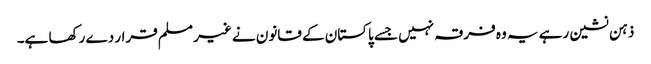
ذہن نشین رہے یہ وہ فرقہ نہیں جسے پاکستان کے قانون نے غیر مسلم قرار دے رکھا ہے۔